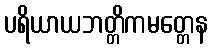
ပရိယာယဘတ္တိကမတ္တေန